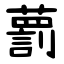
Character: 藅